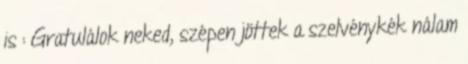
is : Gratulálok neked, szépen jöttek a szelvénykék nálam